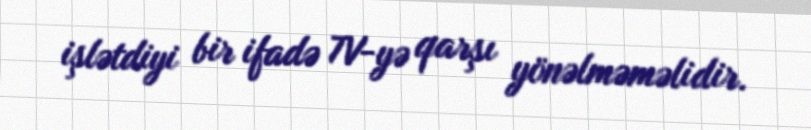
işlətdiyi bir ifadə TV-yə qarşı yönəlməməlidir.